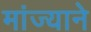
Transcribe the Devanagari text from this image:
मांज्याने